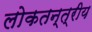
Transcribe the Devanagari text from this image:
लोकतन्त्रीय